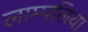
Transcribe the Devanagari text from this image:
लाम्पलिया